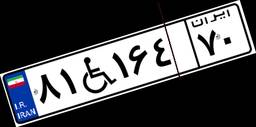
۸۱W۱۶۴۷۰